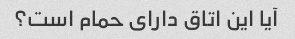
آیا این اتاق دارای حمام است؟